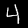
Digit: 4